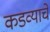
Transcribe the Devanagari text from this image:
कडव्याचे